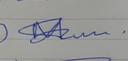
Signature authenticity: genuine